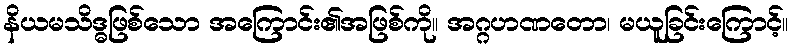
နိယမသိဒ္ဓဖြစ်သော အကြောင်း၏အဖြစ်ကို။ အဂ္ဂဟဏတော၊ မယူခြင်းကြောင့်။